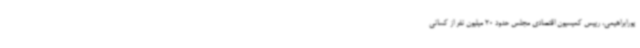
پورابراهیمی، رییس کمیسیون اقتصادی مجلس حدود 20 میلیون نفر از کسانی